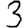
Digit: 3